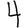
Digit: 4